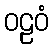
ဝဠဝံ